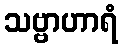
သဗ္ဗာဟာရံ